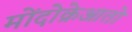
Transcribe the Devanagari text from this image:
मोंदोक्रेआतो